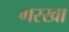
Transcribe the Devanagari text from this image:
गरखा